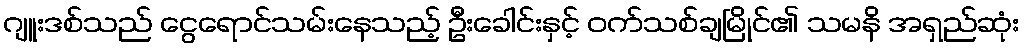
ဂျူးဒစ်သည် ငွေရောင်သမ်းနေသည့် ဦးခေါင်းနှင့် ဝက်သစ်ချမြိုင်၏ သမနိ အရှည်ဆုံး